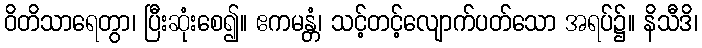
ဝိတိသာရေတွာ၊ ပြီးဆုံးစေ၍။ ဧကမန္တံ၊ သင့်တင့်လျောက်ပတ်သော အရပ်၌။ နိသီဒိ၊